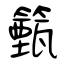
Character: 籈